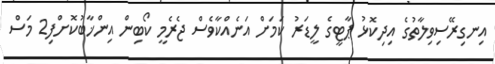
އިނގިރޭސިވިލާތުގެ އިދިކޮޅު ޕާޓީގެ ލީޑަރު ކަމަށް އަނެއްކާވެސް ޖެރެމީ ކޯބިން އިންޚާބުކޮށްފި2 މަސް